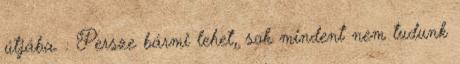
útjába. : Persze bármi lehet, sok mindent nem tudunk